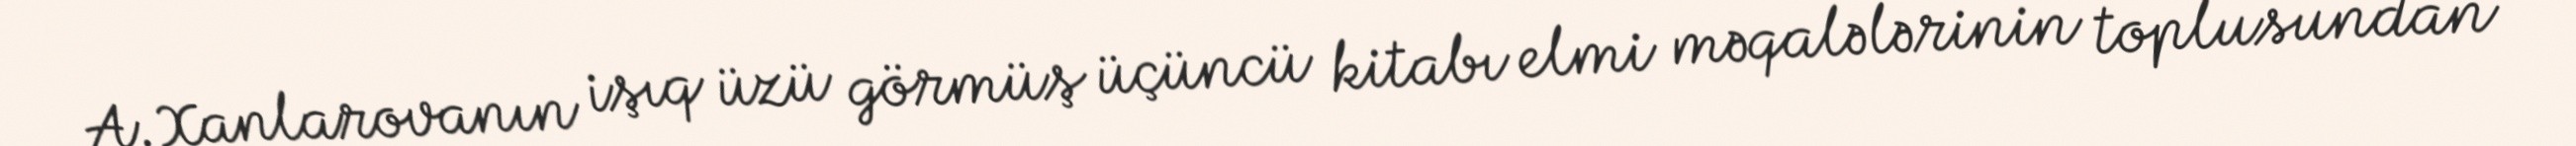
A.Xanlarovanın işıq üzü görmüş üçüncü kitabı elmi məqalələrinin toplusundan